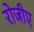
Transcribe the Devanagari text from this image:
रोजीए